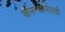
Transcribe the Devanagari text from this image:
करन्यासाठी